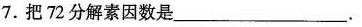
7.把72分解素因数是___.